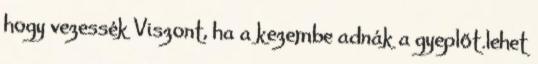
hogy vezessék Viszont, ha a kezembe adnák a gyeplőt.lehet